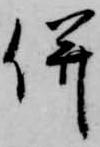
併